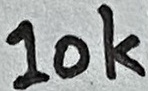
Text: 10K